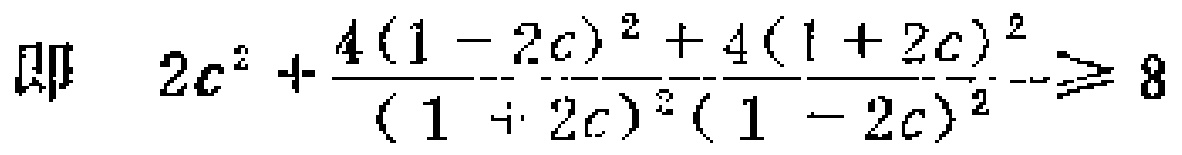
即 \(2c^{2}+\frac{4(1 - 2c)^{2}+4(1 + 2c)^{2}}{(1 + 2c)^{2}(1 - 2c)^{2}}\geqslant 8\)